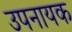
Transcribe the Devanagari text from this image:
उपनायक